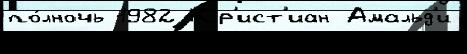
по́лночь 1982 Кр'ист'иан Амальд'и